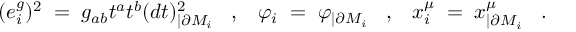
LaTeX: ( e _ { i } ^ { g } ) ^ { 2 } \; = \; g _ { a b } t ^ { a } t ^ { b } ( d t ) _ { | \partial M _ { i } } ^ { 2 } \; \; \; , \; \; \; \varphi _ { i } \; = \; \varphi _ { | \partial M _ { i } } \; \; \; , \; \; \; x _ { i } ^ { \mu } \; = \; x _ { | \partial M _ { i } } ^ { \mu } \; \; \; .